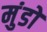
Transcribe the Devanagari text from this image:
मुंडों